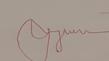
Signature authenticity: forged